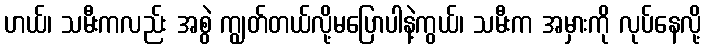
ဟယ်၊ သမီးကလည်း အစွဲ ကျွတ်တယ်လို့မပြောပါနဲ့ကွယ်၊ သမီးက အမှားကို လုပ်နေလို့